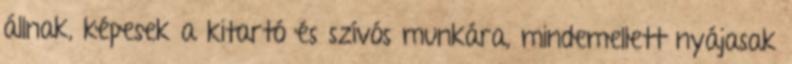
állnak, képesek a kitartó és szívós munkára, mindemellett nyájasak